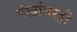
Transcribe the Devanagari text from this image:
पंखांवरही